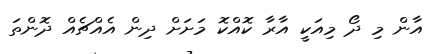
އާން މި ދޯ މިއަކީ އާރާ ކޮއްކޮ މަށަށް ދިން އެއްޗެއް ދޮންތަ